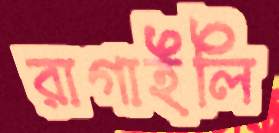
রাগাইলি